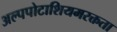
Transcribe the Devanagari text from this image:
अल्पपोटाशियमरक्तता